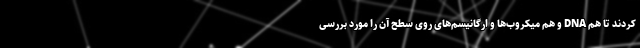
کردند تا هم DNA و هم میکروب‌ها و ارگانیسم‌های روی سطح آن را مورد بررسی